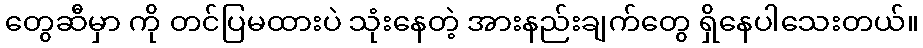
တွေဆီမှာ ကို တင်ပြမထားပဲ သုံးနေတဲ့ အားနည်းချက်တွေ ရှိနေပါသေးတယ်။